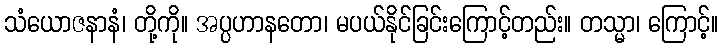
သံယောဇနာနံ၊ တို့ကို။ အပ္ပဟာနတော၊ မပယ်နိုင်ခြင်းကြောင့်တည်း။ တသ္မာ၊ ကြောင့်။